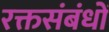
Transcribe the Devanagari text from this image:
रक्तसंबंधों